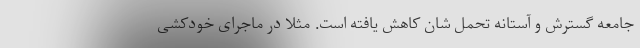
جامعه گسترش و آستانه تحمل شان کاهش یافته است. مثلا در ماجرای خودکشی